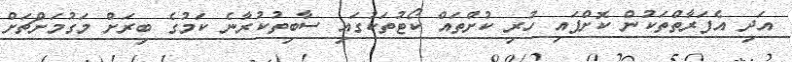
އަދި އެފަރާތްތަކުން ކޮށްފައި ހުރި ކުށްތައް ކޯޓުތަކުގައި ސާބިތުކުރާނެ ކަމުގެ ބިރަށް މަގުމަށްޗަށް